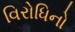
વિરોધિનો